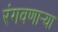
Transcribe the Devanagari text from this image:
रंगवणाऱ्या